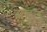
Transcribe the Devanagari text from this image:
बहुट